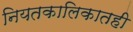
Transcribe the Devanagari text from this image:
नियतकालिकातही